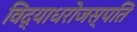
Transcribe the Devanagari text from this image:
विद्याधरोजस्पति